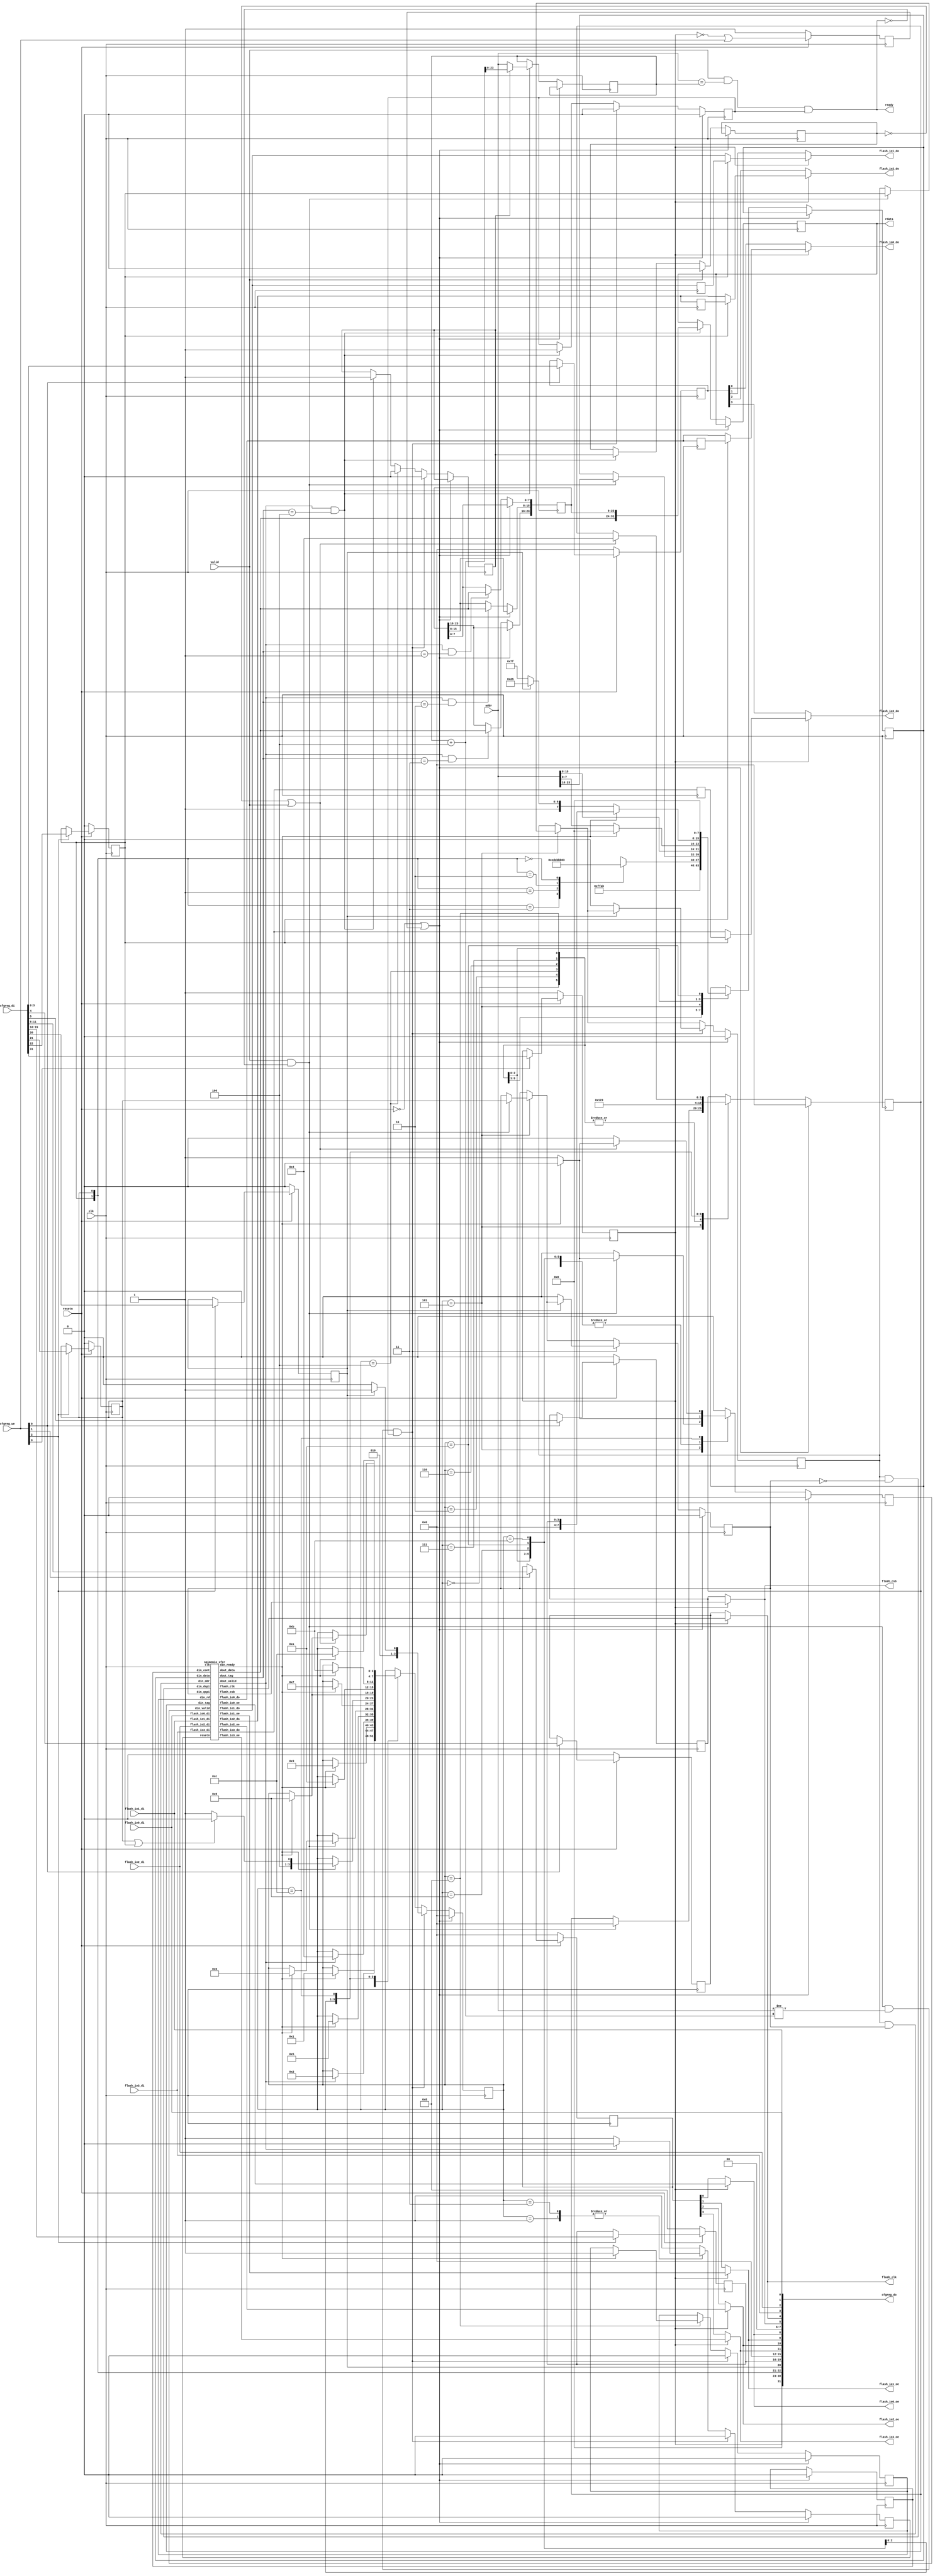
/*
 *  PicoSoC - A simple example SoC using PicoRV32
 *
 *  Copyright (C) 2017  Clifford Wolf <clifford@clifford.at>
 *
 *  Permission to use, copy, modify, and/or distribute this software for any
 *  purpose with or without fee is hereby granted, provided that the above
 *  copyright notice and this permission notice appear in all copies.
 *
 *  THE SOFTWARE IS PROVIDED "AS IS" AND THE AUTHOR DISCLAIMS ALL WARRANTIES
 *  WITH REGARD TO THIS SOFTWARE INCLUDING ALL IMPLIED WARRANTIES OF
 *  MERCHANTABILITY AND FITNESS. IN NO EVENT SHALL THE AUTHOR BE LIABLE FOR
 *  ANY SPECIAL, DIRECT, INDIRECT, OR CONSEQUENTIAL DAMAGES OR ANY DAMAGES
 *  WHATSOEVER RESULTING FROM LOSS OF USE, DATA OR PROFITS, WHETHER IN AN
 *  ACTION OF CONTRACT, NEGLIGENCE OR OTHER TORTIOUS ACTION, ARISING OUT OF
 *  OR IN CONNECTION WITH THE USE OR PERFORMANCE OF THIS SOFTWARE.
 *
 */

module spimemio (
	input clk, resetn,

	input valid,
	output ready,
	input [23:0] addr,
	output reg [31:0] rdata,

	output flash_csb,
	output flash_clk,

	output flash_io0_oe,
	output flash_io1_oe,
	output flash_io2_oe,
	output flash_io3_oe,

	output flash_io0_do,
	output flash_io1_do,
	output flash_io2_do,
	output flash_io3_do,

	input  flash_io0_di,
	input  flash_io1_di,
	input  flash_io2_di,
	input  flash_io3_di,

	input   [3:0] cfgreg_we,
	input  [31:0] cfgreg_di,
	output [31:0] cfgreg_do
);
	reg        xfer_resetn;
	reg        din_valid;
	wire       din_ready;
	reg  [7:0] din_data;
	reg  [3:0] din_tag;
	reg        din_cont;
	reg        din_qspi;
	reg        din_ddr;
	reg        din_rd;

	wire       dout_valid;
	wire [7:0] dout_data;
	wire [3:0] dout_tag;

	reg [23:0] buffer;

	reg [23:0] rd_addr;
	reg rd_valid;
	reg rd_wait;
	reg rd_inc;

	assign ready = valid && (addr == rd_addr) && rd_valid;
	wire jump = valid && !ready && (addr != rd_addr+4) && rd_valid;

	reg softreset;

	reg       config_en;      // cfgreg[31]
	reg       config_ddr;     // cfgreg[22]
	reg       config_qspi;    // cfgreg[21]
	reg       config_cont;    // cfgreg[20]
	reg [3:0] config_dummy;   // cfgreg[19:16]
	reg [3:0] config_oe;      // cfgreg[11:8]
	reg       config_csb;     // cfgreg[5]
	reg       config_clk;     // cfgref[4]
	reg [3:0] config_do;      // cfgreg[3:0]

	assign cfgreg_do[31] = config_en;
	assign cfgreg_do[30:23] = 0;
	assign cfgreg_do[22] = config_ddr;
	assign cfgreg_do[21] = config_qspi;
	assign cfgreg_do[20] = config_cont;
	assign cfgreg_do[19:16] = config_dummy;
	assign cfgreg_do[15:12] = 0;
	assign cfgreg_do[11:8] = {flash_io3_oe, flash_io2_oe, flash_io1_oe, flash_io0_oe};
	assign cfgreg_do[7:6] = 0;
	assign cfgreg_do[5] = flash_csb;
	assign cfgreg_do[4] = flash_clk;
	assign cfgreg_do[3:0] = {flash_io3_di, flash_io2_di, flash_io1_di, flash_io0_di};

	always @(posedge clk) begin
		softreset <= !config_en || cfgreg_we;
		if (!resetn) begin
			softreset <= 1;
			config_en <= 1;
			config_csb <= 0;
			config_clk <= 0;
			config_oe <= 0;
			config_do <= 0;
			config_ddr <= 0;
			config_qspi <= 0;
			config_cont <= 0;
			config_dummy <= 8;
		end else begin
			if (cfgreg_we[0]) begin
				config_csb <= cfgreg_di[5];
				config_clk <= cfgreg_di[4];
				config_do <= cfgreg_di[3:0];
			end
			if (cfgreg_we[1]) begin
				config_oe <= cfgreg_di[11:8];
			end
			if (cfgreg_we[2]) begin
				config_ddr <= cfgreg_di[22];
				config_qspi <= cfgreg_di[21];
				config_cont <= cfgreg_di[20];
				config_dummy <= cfgreg_di[19:16];
			end
			if (cfgreg_we[3]) begin
				config_en <= cfgreg_di[31];
			end
		end
	end

	wire xfer_csb;
	wire xfer_clk;

	wire xfer_io0_oe;
	wire xfer_io1_oe;
	wire xfer_io2_oe;
	wire xfer_io3_oe;

	wire xfer_io0_do;
	wire xfer_io1_do;
	wire xfer_io2_do;
	wire xfer_io3_do;

	reg xfer_io0_90;
	reg xfer_io1_90;
	reg xfer_io2_90;
	reg xfer_io3_90;

	always @(negedge clk) begin
		xfer_io0_90 <= xfer_io0_do;
		xfer_io1_90 <= xfer_io1_do;
		xfer_io2_90 <= xfer_io2_do;
		xfer_io3_90 <= xfer_io3_do;
	end

	assign flash_csb = config_en ? xfer_csb : config_csb;
	assign flash_clk = config_en ? xfer_clk : config_clk;

	assign flash_io0_oe = config_en ? xfer_io0_oe : config_oe[0];
	assign flash_io1_oe = config_en ? xfer_io1_oe : config_oe[1];
	assign flash_io2_oe = config_en ? xfer_io2_oe : config_oe[2];
	assign flash_io3_oe = config_en ? xfer_io3_oe : config_oe[3];

	assign flash_io0_do = config_en ? (config_ddr ? xfer_io0_90 : xfer_io0_do) : config_do[0];
	assign flash_io1_do = config_en ? (config_ddr ? xfer_io1_90 : xfer_io1_do) : config_do[1];
	assign flash_io2_do = config_en ? (config_ddr ? xfer_io2_90 : xfer_io2_do) : config_do[2];
	assign flash_io3_do = config_en ? (config_ddr ? xfer_io3_90 : xfer_io3_do) : config_do[3];

	wire xfer_dspi = din_ddr && !din_qspi;
	wire xfer_ddr = din_ddr && din_qspi;

	spimemio_xfer xfer (
		.clk          (clk         ),
		.resetn       (xfer_resetn ),
		.din_valid    (din_valid   ),
		.din_ready    (din_ready   ),
		.din_data     (din_data    ),
		.din_tag      (din_tag     ),
		.din_cont     (din_cont    ),
		.din_dspi     (xfer_dspi   ),
		.din_qspi     (din_qspi    ),
		.din_ddr      (xfer_ddr    ),
		.din_rd       (din_rd      ),
		.dout_valid   (dout_valid  ),
		.dout_data    (dout_data   ),
		.dout_tag     (dout_tag    ),
		.flash_csb    (xfer_csb    ),
		.flash_clk    (xfer_clk    ),
		.flash_io0_oe (xfer_io0_oe ),
		.flash_io1_oe (xfer_io1_oe ),
		.flash_io2_oe (xfer_io2_oe ),
		.flash_io3_oe (xfer_io3_oe ),
		.flash_io0_do (xfer_io0_do ),
		.flash_io1_do (xfer_io1_do ),
		.flash_io2_do (xfer_io2_do ),
		.flash_io3_do (xfer_io3_do ),
		.flash_io0_di (flash_io0_di),
		.flash_io1_di (flash_io1_di),
		.flash_io2_di (flash_io2_di),
		.flash_io3_di (flash_io3_di)
	);

	reg [3:0] state;

	always @(posedge clk) begin
		xfer_resetn <= 1;
		din_valid <= 0;

		if (!resetn || softreset) begin
			state <= 0;
			xfer_resetn <= 0;
			rd_valid <= 0;
			din_tag <= 0;
			din_cont <= 0;
			din_qspi <= 0;
			din_ddr <= 0;
			din_rd <= 0;
		end else begin
			if (dout_valid && dout_tag == 1) buffer[ 7: 0] <= dout_data;
			if (dout_valid && dout_tag == 2) buffer[15: 8] <= dout_data;
			if (dout_valid && dout_tag == 3) buffer[23:16] <= dout_data;
			if (dout_valid && dout_tag == 4) begin
				rdata <= {dout_data, buffer};
				rd_addr <= rd_inc ? rd_addr + 4 : addr;
				rd_valid <= 1;
				rd_wait <= rd_inc;
				rd_inc <= 1;
			end

			if (valid)
				rd_wait <= 0;

			case (state)
				0: begin
					din_valid <= 1;
					din_data <= 8'h ff;
					din_tag <= 0;
					if (din_ready) begin
						din_valid <= 0;
						state <= 1;
					end
				end
				1: begin
					if (dout_valid) begin
						xfer_resetn <= 0;
						state <= 2;
					end
				end
				2: begin
					din_valid <= 1;
					din_data <= 8'h ab;
					din_tag <= 0;
					if (din_ready) begin
						din_valid <= 0;
						state <= 3;
					end
				end
				3: begin
					if (dout_valid) begin
						xfer_resetn <= 0;
						state <= 4;
					end
				end
				4: begin
					rd_inc <= 0;
					din_valid <= 1;
					din_tag <= 0;
					case ({config_ddr, config_qspi})
						2'b11: din_data <= 8'h ED;
						2'b01: din_data <= 8'h EB;
						2'b10: din_data <= 8'h BB;
						2'b00: din_data <= 8'h 03;
					endcase
					if (din_ready) begin
						din_valid <= 0;
						state <= 5;
					end
				end
				5: begin
					if (valid && !ready) begin
						din_valid <= 1;
						din_tag <= 0;
						din_data <= addr[23:16];
						din_qspi <= config_qspi;
						din_ddr <= config_ddr;
						if (din_ready) begin
							din_valid <= 0;
							state <= 6;
						end
					end
				end
				6: begin
					din_valid <= 1;
					din_tag <= 0;
					din_data <= addr[15:8];
					if (din_ready) begin
						din_valid <= 0;
						state <= 7;
					end
				end
				7: begin
					din_valid <= 1;
					din_tag <= 0;
					din_data <= addr[7:0];
					if (din_ready) begin
						din_valid <= 0;
						din_data <= 0;
						state <= config_qspi || config_ddr ? 8 : 9;
					end
				end
				8: begin
					din_valid <= 1;
					din_tag <= 0;
					din_data <= config_cont ? 8'h A5 : 8'h FF;
					if (din_ready) begin
						din_rd <= 1;
						din_data <= config_dummy;
						din_valid <= 0;
						state <= 9;
					end
				end
				9: begin
					din_valid <= 1;
					din_tag <= 1;
					if (din_ready) begin
						din_valid <= 0;
						state <= 10;
					end
				end
				10: begin
					din_valid <= 1;
					din_data <= 8'h 00;
					din_tag <= 2;
					if (din_ready) begin
						din_valid <= 0;
						state <= 11;
					end
				end
				11: begin
					din_valid <= 1;
					din_tag <= 3;
					if (din_ready) begin
						din_valid <= 0;
						state <= 12;
					end
				end
				12: begin
					if (!rd_wait || valid) begin
						din_valid <= 1;
						din_tag <= 4;
						if (din_ready) begin
							din_valid <= 0;
							state <= 9;
						end
					end
				end
			endcase

			if (jump) begin
				rd_inc <= 0;
				rd_valid <= 0;
				xfer_resetn <= 0;
				if (config_cont) begin
					state <= 5;
				end else begin
					state <= 4;
					din_qspi <= 0;
					din_ddr <= 0;
				end
				din_rd <= 0;
			end
		end
	end
endmodule

module spimemio_xfer (
	input clk, resetn,

	input            din_valid,
	output           din_ready,
	input      [7:0] din_data,
	input      [3:0] din_tag,
	input            din_cont,
	input            din_dspi,
	input            din_qspi,
	input            din_ddr,
	input            din_rd,

	output           dout_valid,
	output     [7:0] dout_data,
	output     [3:0] dout_tag,

	output reg flash_csb,
	output reg flash_clk,

	output reg flash_io0_oe,
	output reg flash_io1_oe,
	output reg flash_io2_oe,
	output reg flash_io3_oe,

	output reg flash_io0_do,
	output reg flash_io1_do,
	output reg flash_io2_do,
	output reg flash_io3_do,

	input      flash_io0_di,
	input      flash_io1_di,
	input      flash_io2_di,
	input      flash_io3_di
);
	reg [7:0] obuffer;
	reg [7:0] ibuffer;

	reg [3:0] count;
	reg [3:0] dummy_count;

	reg xfer_cont;
	reg xfer_dspi;
	reg xfer_qspi;
	reg xfer_ddr;
	reg xfer_ddr_q;
	reg xfer_rd;
	reg [3:0] xfer_tag;
	reg [3:0] xfer_tag_q;

	reg [7:0] next_obuffer;
	reg [7:0] next_ibuffer;
	reg [3:0] next_count;

	reg fetch;
	reg next_fetch;
	reg last_fetch;

	always @(posedge clk) begin
		xfer_ddr_q <= xfer_ddr;
		xfer_tag_q <= xfer_tag;
	end

	assign din_ready = din_valid && resetn && next_fetch;

	assign dout_valid = (xfer_ddr_q ? fetch && !last_fetch : next_fetch && !fetch) && resetn;
	assign dout_data = ibuffer;
	assign dout_tag = xfer_tag_q;

	always @* begin
		flash_io0_oe = 0;
		flash_io1_oe = 0;
		flash_io2_oe = 0;
		flash_io3_oe = 0;

		flash_io0_do = 0;
		flash_io1_do = 0;
		flash_io2_do = 0;
		flash_io3_do = 0;

		next_obuffer = obuffer;
		next_ibuffer = ibuffer;
		next_count = count;
		next_fetch = 0;

		if (dummy_count == 0) begin
			casez ({xfer_ddr, xfer_qspi, xfer_dspi})
				3'b 000: begin
					flash_io0_oe = 1;
					flash_io0_do = obuffer[7];

					if (flash_clk) begin
						next_obuffer = {obuffer[6:0], 1'b 0};
						next_count = count - |count;
					end else begin
						next_ibuffer = {ibuffer[6:0], flash_io1_di};
					end

					next_fetch = (next_count == 0);
				end
				3'b 01?: begin
					flash_io0_oe = !xfer_rd;
					flash_io1_oe = !xfer_rd;
					flash_io2_oe = !xfer_rd;
					flash_io3_oe = !xfer_rd;

					flash_io0_do = obuffer[4];
					flash_io1_do = obuffer[5];
					flash_io2_do = obuffer[6];
					flash_io3_do = obuffer[7];

					if (flash_clk) begin
						next_obuffer = {obuffer[3:0], 4'b 0000};
						next_count = count - {|count, 2'b00};
					end else begin
						next_ibuffer = {ibuffer[3:0], flash_io3_di, flash_io2_di, flash_io1_di, flash_io0_di};
					end

					next_fetch = (next_count == 0);
				end
				3'b 11?: begin
					flash_io0_oe = !xfer_rd;
					flash_io1_oe = !xfer_rd;
					flash_io2_oe = !xfer_rd;
					flash_io3_oe = !xfer_rd;

					flash_io0_do = obuffer[4];
					flash_io1_do = obuffer[5];
					flash_io2_do = obuffer[6];
					flash_io3_do = obuffer[7];

					next_obuffer = {obuffer[3:0], 4'b 0000};
					next_ibuffer = {ibuffer[3:0], flash_io3_di, flash_io2_di, flash_io1_di, flash_io0_di};
					next_count = count - {|count, 2'b00};

					next_fetch = (next_count == 0);
				end
				3'b ??1: begin
					flash_io0_oe = !xfer_rd;
					flash_io1_oe = !xfer_rd;

					flash_io0_do = obuffer[6];
					flash_io1_do = obuffer[7];

					if (flash_clk) begin
						next_obuffer = {obuffer[5:0], 2'b 00};
						next_count = count - {|count, 1'b0};
					end else begin
						next_ibuffer = {ibuffer[5:0], flash_io1_di, flash_io0_di};
					end

					next_fetch = (next_count == 0);
				end
			endcase
		end
	end

	always @(posedge clk) begin
		if (!resetn) begin
			fetch <= 1;
			last_fetch <= 1;
			flash_csb <= 1;
			flash_clk <= 0;
			count <= 0;
			dummy_count <= 0;
			xfer_tag <= 0;
			xfer_cont <= 0;
			xfer_dspi <= 0;
			xfer_qspi <= 0;
			xfer_ddr <= 0;
			xfer_rd <= 0;
		end else begin
			fetch <= next_fetch;
			last_fetch <= xfer_ddr ? fetch : 1;
			if (dummy_count) begin
				flash_clk <= !flash_clk && !flash_csb;
				dummy_count <= dummy_count - flash_clk;
			end else
			if (count) begin
				flash_clk <= !flash_clk && !flash_csb;
				obuffer <= next_obuffer;
				ibuffer <= next_ibuffer;
				count <= next_count;
			end
			if (din_valid && din_ready) begin
				flash_csb <= 0;
				flash_clk <= 0;

				count <= 8;
				dummy_count <= din_rd ? din_data : 0;
				obuffer <= din_data;

				xfer_tag <= din_tag;
				xfer_cont <= din_cont;
				xfer_dspi <= din_dspi;
				xfer_qspi <= din_qspi;
				xfer_ddr <= din_ddr;
				xfer_rd <= din_rd;
			end
		end
	end
endmodule